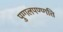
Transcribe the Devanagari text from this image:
पुग्गलपण्णत्ति